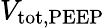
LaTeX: V_{\mathrm{tot,PEEP}}